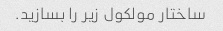
ساختار مولکول زیر را بسازید.